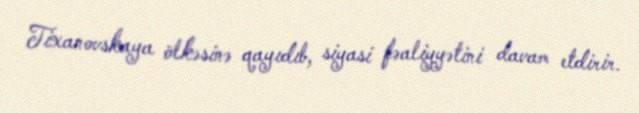
Tixanovskaya ölkəsinə qayıdıb, siyasi fəaliyyətini davam etdirir.